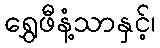
ရွှေဖီနံ့သာနှင့်၊